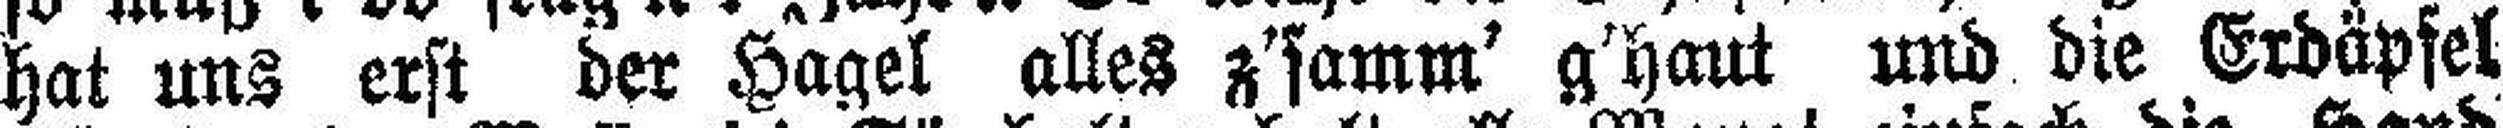
hat uns erst der Hagel alles z'samm' g'haut und die Erdäpfel